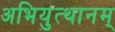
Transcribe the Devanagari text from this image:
अभियुत्थानम्